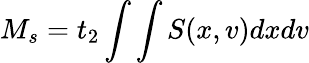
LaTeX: M_{s}=t_{2}\int\int S(x,v)dxdv